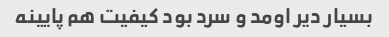
بسیار دیر اومد و سرد بود کیفیت هم پایینه